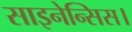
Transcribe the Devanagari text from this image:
साइनेन्सिस।